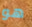
هو